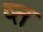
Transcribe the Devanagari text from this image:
ष्त